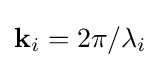
\mathbf {k} _{i}=2\pi /\lambda _{i}